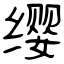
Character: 缨